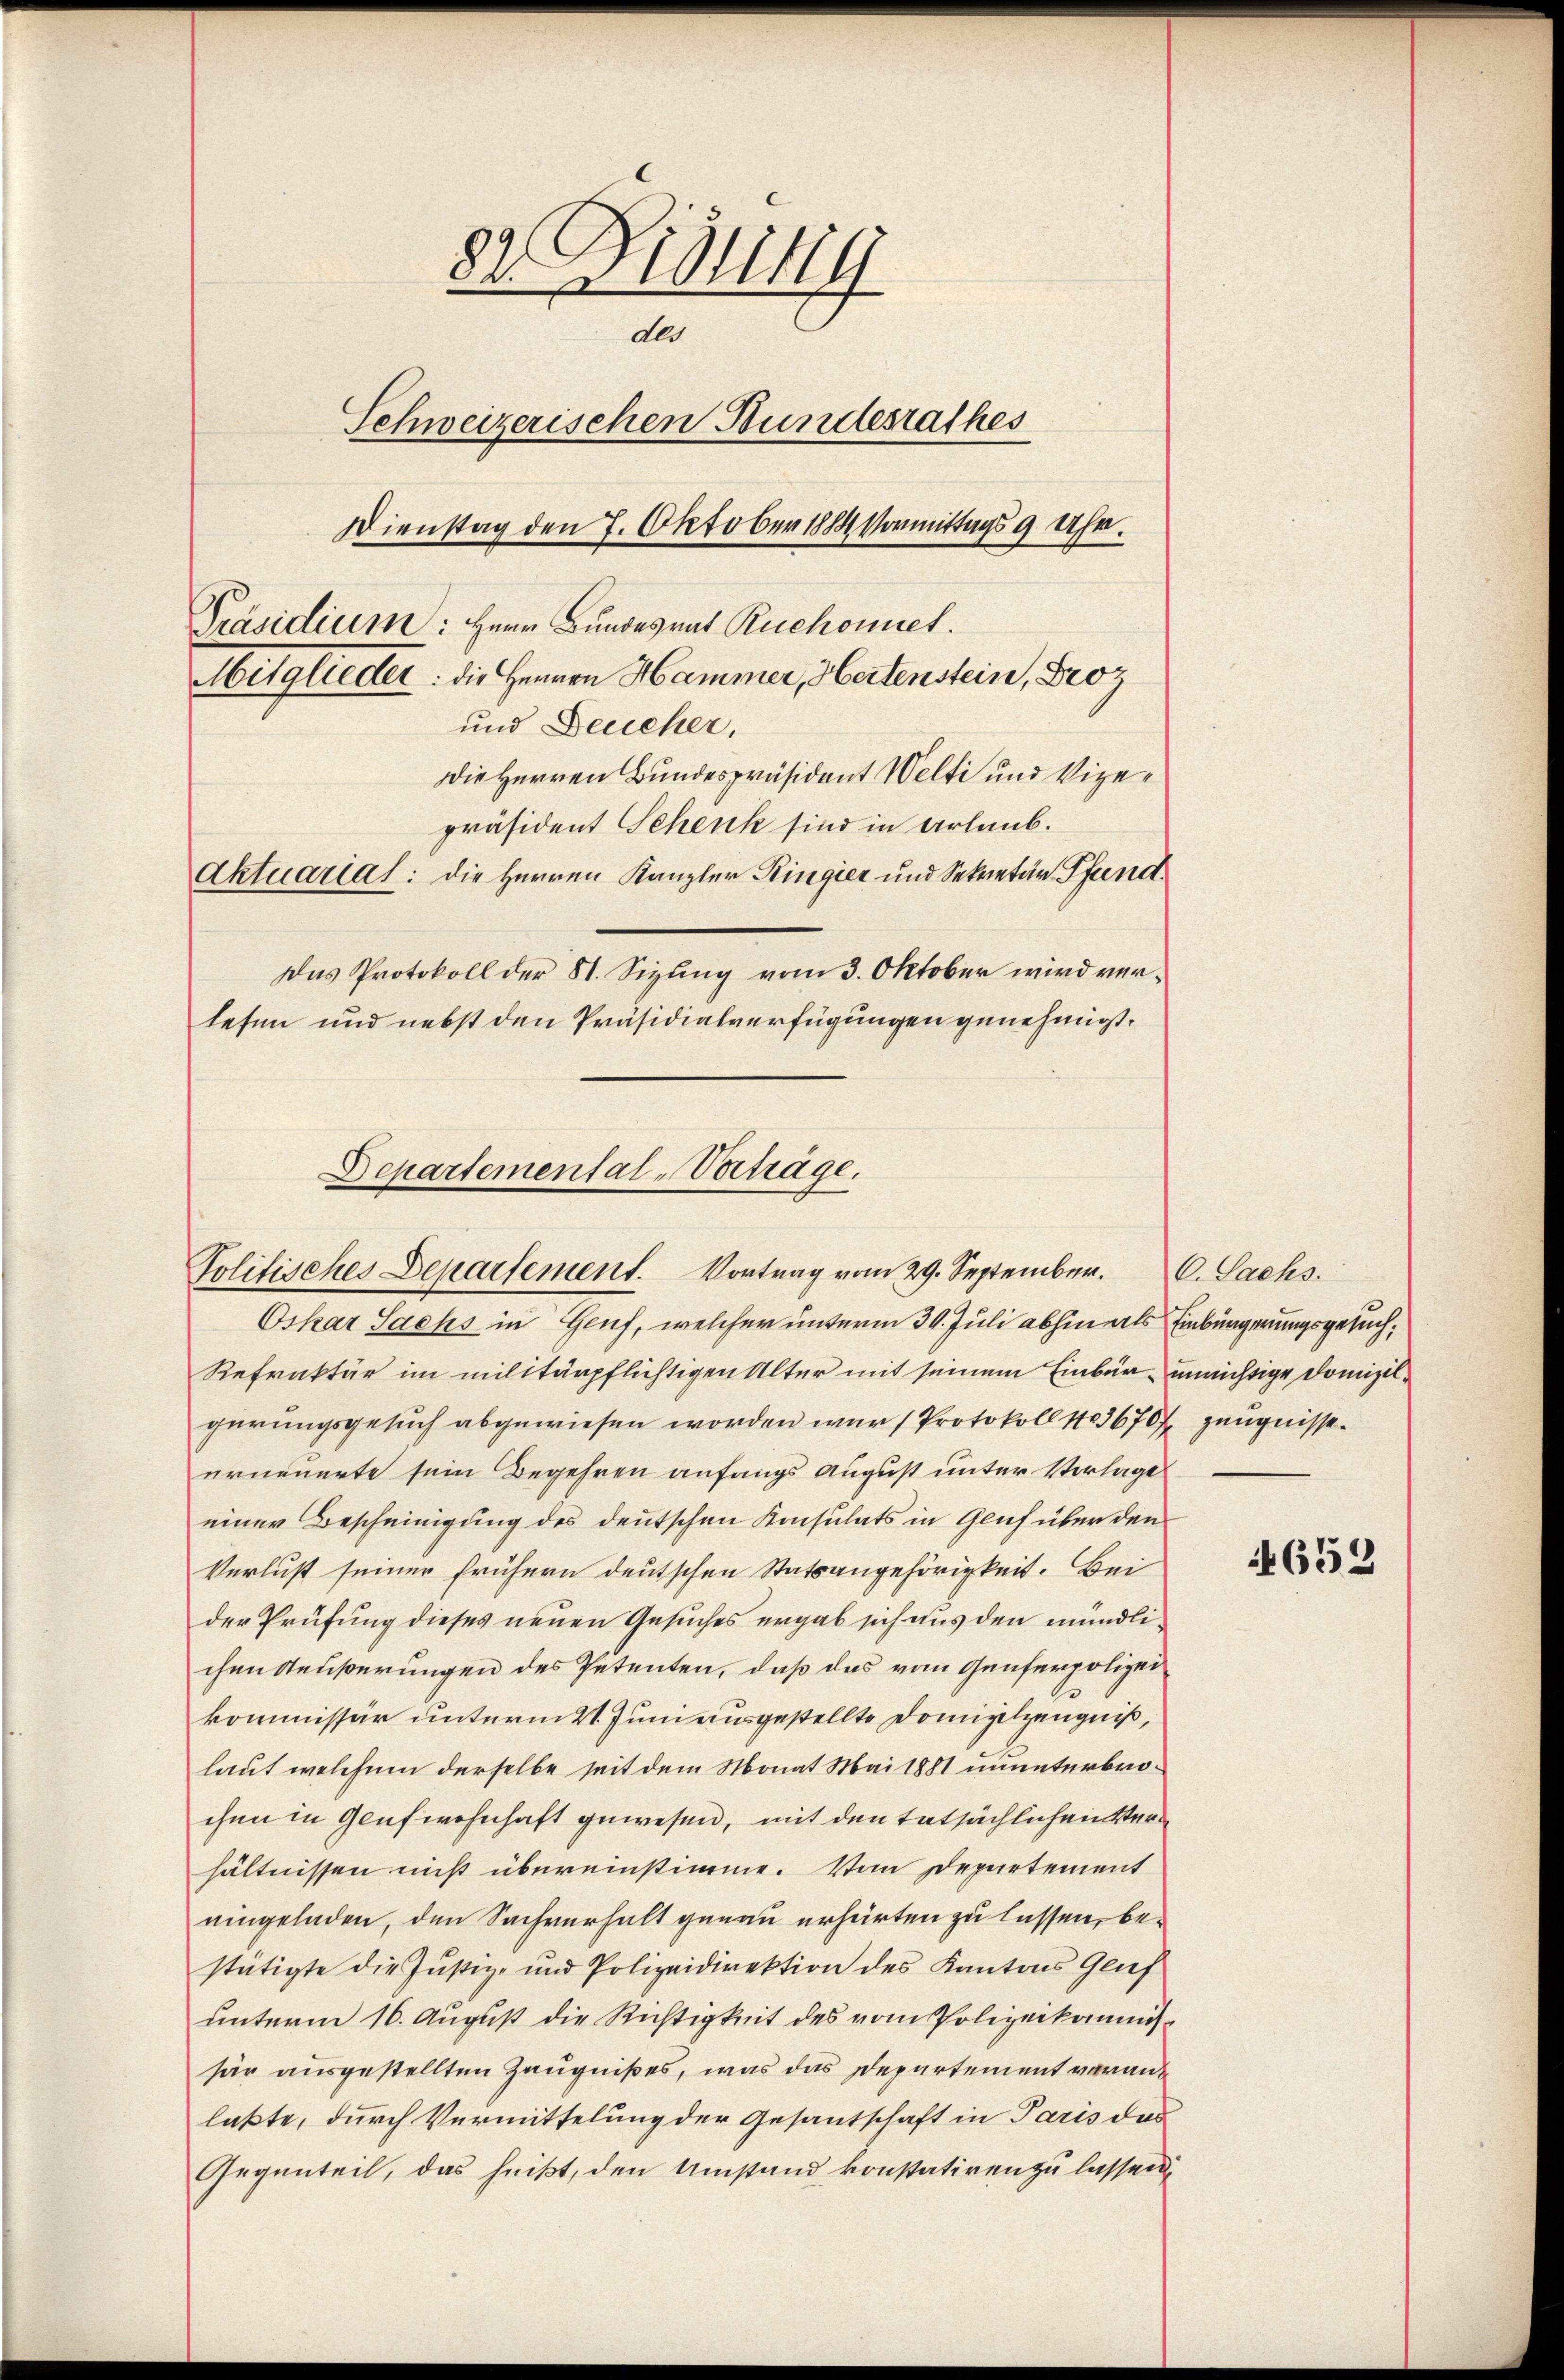
82 Dimitig
der
Schweizerischen Bundesrathes
Dienstag den 7. Oktober 1884 Vormittags 9 Uhr.
Präsidium: Herr Bundesrat Ruchonet.
Mitglieder: die Herren Hammer, Hertenstein, Proz
und Deucher,
Die Herren Bundespräsident Welti und Vizepräsident Schenk sind in Urlaub.
Aktuarias: die Herren Kanzler Ringier und Sekretär Pfandt¬
Das Protokoll der St. Sizung vom 3. Oktober wird verlesen und nebst den Präsidialverfügungen genehmigt.

Departemental-Verträge.
Politisches Departement. Vortrag vom 29. September. C. Sachs

Oskar Sachs in Genf, welcher unterm 30. Juli abhin als Einbürgerungsgesuch,
Refraktär im militärpflichtigen Alter mit seinem Einbür unrichtige Domizilgerungsgesuch abgewiesen worden war (Protokoll 11036707 Zeugnisse.
erneuerte sein Begehren anfangs August unter Verlage
einer Bescheinigung des deutschen Konsulats in Genf über den
Verlust seiner frühern deutschen Statsangehörigkeit. Bei
der Prüfung dieses neuen Gesuches ergab sich aus den mündlichen Aeußerungen des Petenten, daß das vom Genferpolizei
kommissär unterm 21. Juni ausgestellte Domizilzeugniß,
laut welchem derselbe seit dem Monat Mai 1881 ununterbrochen in Genfwohnhaft gewesen, mit den tatsächlichen Verhältnissen nicht übereinstimme. Vom Departement
eingeladen, den Sachverhalt genau erhärten zu lassen, bestätigte die Justiz- und Polizeidirektion des Kantons Genf
unterm 16. August die Richtigkeit des vom Polizeikommissär ausgestellten Zeugnißes, was das Departement verant
laßte, durch Vermittelung der Gesantschaft in Paris das
Gegenteil, das heißt, den Umstand konstativen zu lassen.

652